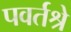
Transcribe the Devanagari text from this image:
पवर्तश्रे